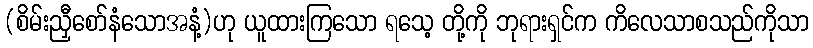
(စိမ်းညှီစော်နံသောအနံ့)ဟု ယူထားကြသော ရသေ့ တို့ကို ဘုရားရှင်က ကိလေသာစသည်ကိုသာ